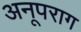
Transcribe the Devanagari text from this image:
अनूपराग